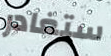
ستغادر